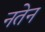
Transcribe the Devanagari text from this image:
नतेन